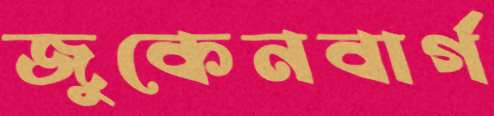
জুকেনবার্গ